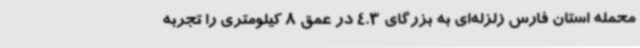
محمله استان فارس زلزله‌ای به بزرگای 4.3 در عمق 8 کیلومتری را تجربه